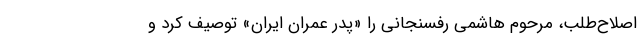
اصلاح‌طلب، مرحوم هاشمی رفسنجانی را «پدر عمران ایران» توصیف کرد و